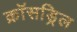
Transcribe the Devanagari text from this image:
क्रॉसड्रिल